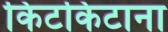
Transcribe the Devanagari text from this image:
किटकिटाना